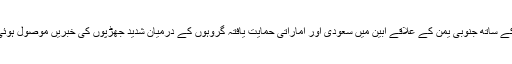
اسی کے ساتھ جنوبی یمن کے علاقے ابین میں سعودی اور اماراتی حمایت یافتہ گروہوں کے درمیان شدید جھڑپوں کی خبریں موصول ہوئی ہیں۔